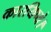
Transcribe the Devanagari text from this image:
कारयिष्ये।